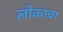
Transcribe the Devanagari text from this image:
लोकाचा